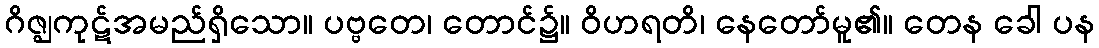
ဂိဇ္ဈကုဋ်အမည်ရှိသော။ ပဗ္ဗတေ၊ တောင်၌။ ဝိဟရတိ၊ နေတော်မူ၏။ တေန ခေါ ပန